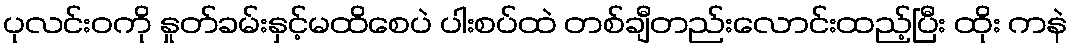
ပုလင်းဝကို နှုတ်ခမ်းနှင့်မထိစေပဲ ပါးစပ်ထဲ တစ်ချီတည်းလောင်းထည့်ပြီး ထိုး ကနဲ